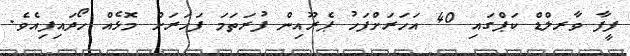
ފީފާ ވާރލްޑް ކަޕްގައި 40 އަހަރަށްފަހު ޕެރޫއިން ފުރަތަމަ ފަހަރަށް މޮޅެއް ހޯދައިފިއެވެ.